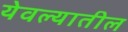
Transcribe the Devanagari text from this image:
येवल्यातील